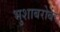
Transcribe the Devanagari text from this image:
भुशाबरोबर